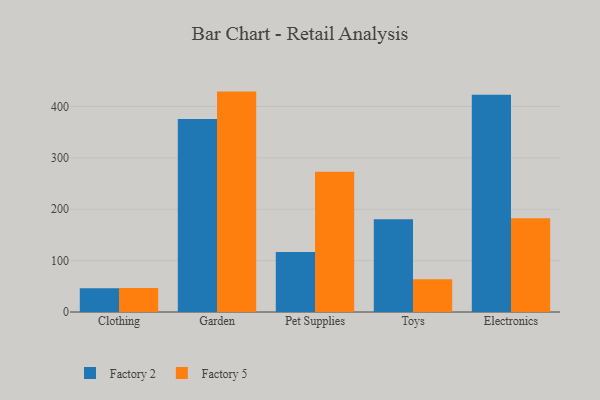
{"axis": {"x": "Category", "y": "Inventory Turnover"}, "legend": ["Factory 2", "Factory 5"], "data": [{"x": "Clothing", "y": 46.2, "type": "Factory 2"}, {"x": "Clothing", "y": 46.6, "type": "Factory 5"}, {"x": "Garden", "y": 375.5, "type": "Factory 2"}, {"x": "Garden", "y": 428.9, "type": "Factory 5"}, {"x": "Pet Supplies", "y": 116.8, "type": "Factory 2"}, {"x": "Pet Supplies", "y": 273.0, "type": "Factory 5"}, {"x": "Toys", "y": 180.5, "type": "Factory 2"}, {"x": "Toys", "y": 63.7, "type": "Factory 5"}, {"x": "Electronics", "y": 422.6, "type": "Factory 2"}, {"x": "Electronics", "y": 182.5, "type": "Factory 5"}]}